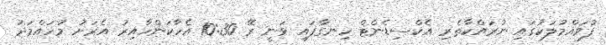
ފުވައްމުލަކުގައި ނުރައްކާތެރި އެކްސިޑެންޓް ހިނގާފައި ވަނީ ރޭ 10:30 އެހާކަންހާއިރު އެރަށު މުހައްމަދު